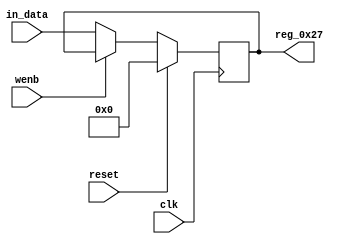
module r_DEVICE_CAPABILITIES_2_HIGH(output reg [7:0] reg_0x27, input wire reset, input wire wenb, input wire [7:0] in_data, input wire clk);
	always@(posedge clk)
	begin
		if(reset==0) begin
			if(wenb==0)
				reg_0x27<=in_data;
			else
				reg_0x27<=reg_0x27;
		end
		else
			reg_0x27<=8'h00;
	end
endmodule